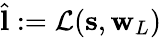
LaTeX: \hat{\mathbf{l}}:=\mathcal{L}(\mathbf{s},\mathbf{w}_{L})